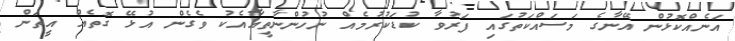
އަނެއްކޮޅުން އޭނާގެ މަސައްކަތުގައި ފަރުވާ ކުޑަކުރުމެއް ނުހުންނާތީއާއެކު ވެގެން އުޅޭ ގޮތެއް އީތަން